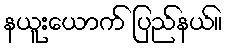
နယူးယောက် ပြည်နယ်။